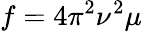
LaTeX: f=4\pi^{2}\nu^{2}\mu